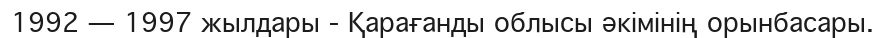
1992 — 1997 жылдары - Қарағанды облысы әкімінің орынбасары.